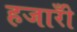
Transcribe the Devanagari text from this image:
हजारोँ